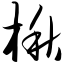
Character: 楸